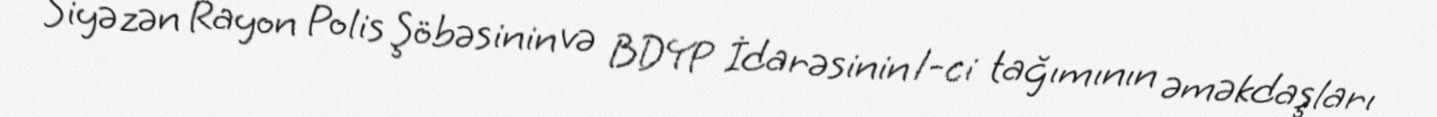
Siyəzən Rayon Polis Şöbəsinin və BDYP İdarəsinin 1-ci tağımının əməkdaşları